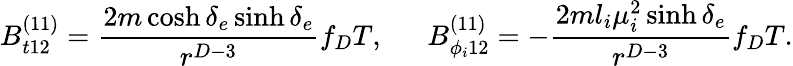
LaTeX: B_{t12}^{(11)}={\frac{2m\cosh\delta_{e}\sinh\delta_{e}}{r^{D-3}}}f_{D}T,\ \ \ \ \ \ B_{\phi_{i}12}^{(11)}=-{\frac{2ml_{i}\mu_{i}^{2}\sinh\delta_{e}}{r^{D-3}}}f_{D}T.